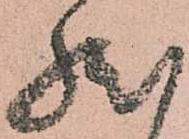
然